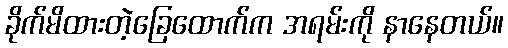
ခိုက်မိထားတဲ့ခြေထောက်က အရမ်းကို နာနေတယ်။